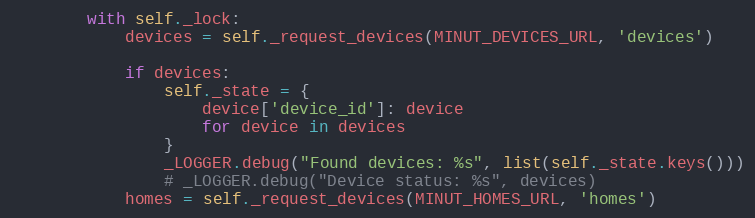
Language: Python
        with self._lock:
            devices = self._request_devices(MINUT_DEVICES_URL, 'devices')

            if devices:
                self._state = {
                    device['device_id']: device
                    for device in devices
                }
                _LOGGER.debug("Found devices: %s", list(self._state.keys()))
                # _LOGGER.debug("Device status: %s", devices)
            homes = self._request_devices(MINUT_HOMES_URL, 'homes')